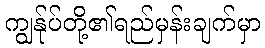
ကျွန်ုပ်တို့၏ရည်မှန်းချက်မှာ